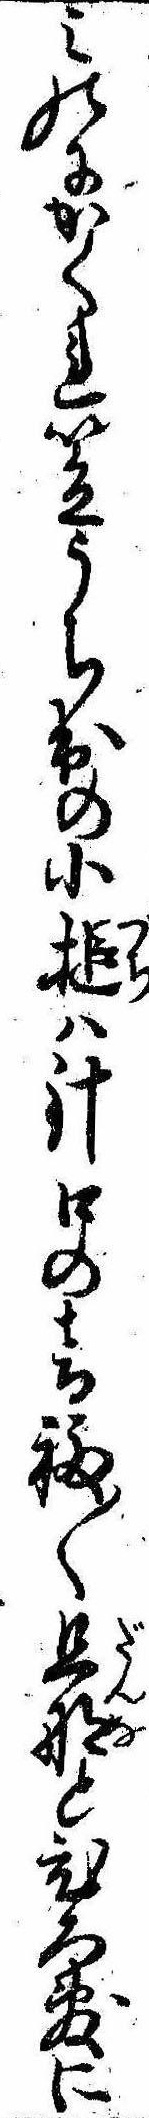
みのにかくれ笠うち出の小槌は針口の音福〱旦那とひろ敷に